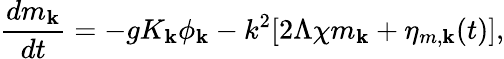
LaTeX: \frac{dm_{\mathbf{k}}}{dt}=-gK_{\mathbf{k}}\phi_{\mathbf{k}}-k^{2}[2\Lambda\chi m_{\mathbf{k}}+\eta_{m,\mathbf{k}}(t)],